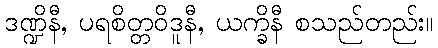
ဒဏ္ဍိနီ, ပရစိတ္တဝိဒူနီ, ယက္ခိနီ စသည်တည်း။